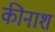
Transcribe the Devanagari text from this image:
कीनाश